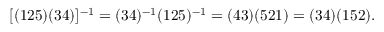
[ ( 1 2 5 ) ( 3 4 ) ] ^ { - 1 } = ( 3 4 ) ^ { - 1 } ( 1 2 5 ) ^ { - 1 } = ( 4 3 ) ( 5 2 1 ) = ( 3 4 ) ( 1 5 2 ) .